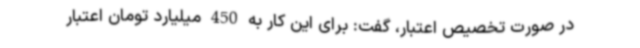
در صورت تخصیص اعتبار، گفت: برای این کار به 450 میلیارد تومان اعتبار